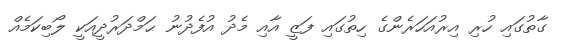
ގާތުގައި ހުރި އިރުއަހަރެންގެ ހިތުގައި ފަޒީ އާއި މެދު އުފެދުނު ޙަމްދަރުދީއަކީ ލޯބިކަމެއް